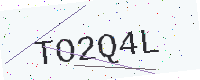
Text: TO2Q4L